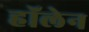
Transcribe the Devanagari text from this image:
हॉलेन